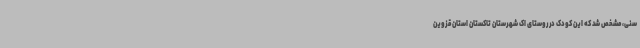
سنی، مشخص شد که این کودک در روستای اک شهرستان تاکستان استان قزوین